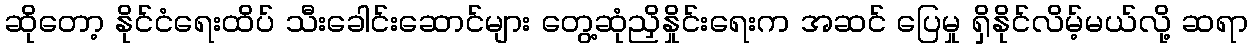
ဆိုတော့ နိုင်ငံရေးထိပ် သီးခေါင်းဆောင်များ တွေ့ဆုံညှိနှိုင်းရေးက အဆင် ပြေမှု ရှိနိုင်လိမ့်မယ်လို့ ဆရာ